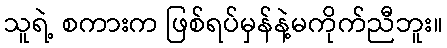
သူရဲ့ စကားက ဖြစ်ရပ်မှန်နဲ့မကိုက်ညီဘူး။